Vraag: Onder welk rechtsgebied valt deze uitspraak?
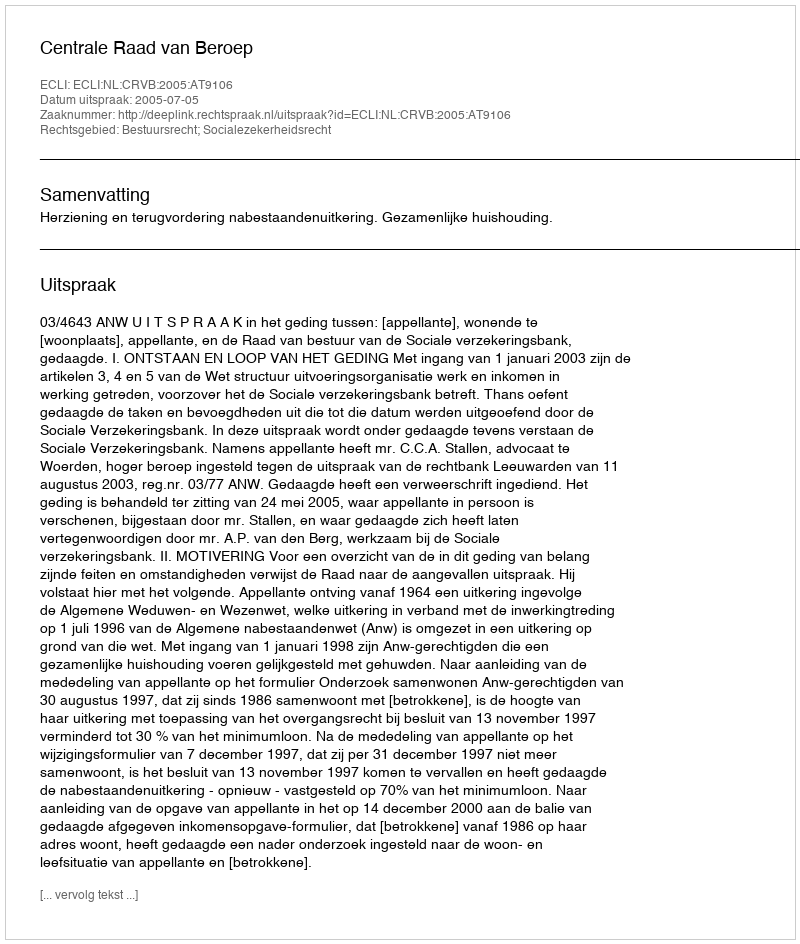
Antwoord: Bestuursrecht; Socialezekerheidsrecht